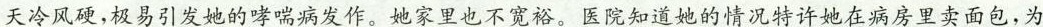
天冷风硬，极易引发她的哮喘病发作。她家里也不宽裕。医院知道她的情况特许她在病房里卖面包，为